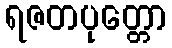
ရဇတပုတ္တော